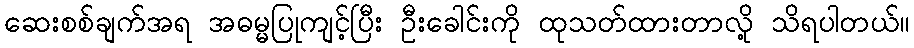
ဆေးစစ်ချက်အရ အဓမ္မပြုကျင့်ပြီး ဦးခေါင်းကို ထုသတ်ထားတာလို့ သိရပါတယ်။